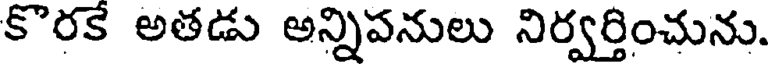
కొరకే అతడు అన్నిపనులు నిర్వర్తించును.